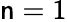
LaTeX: \mathsf{n}=1